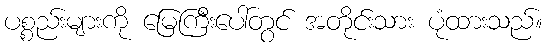
ပစ္စည်းများကို မြေကြီးပေါ်တွင် အတိုင်းသား ပုံထားသည်။